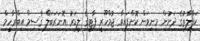
ކަފާލާތުގެ ދަށުން މިނިވަން ކޮށްފައިވާ ޖުމްހޫރީ ޕާޓީގެ ލީޑަރު އޮނަރަބަލް ޤާސިމް އިބްރާހީމް